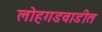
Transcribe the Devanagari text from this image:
लोहगडवाडीत